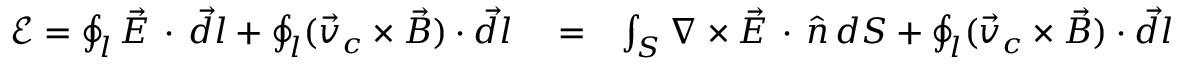
\begin{array} { r l r } { \mathcal E = \oint _ { l } ^ { } { \vec { E } \, \cdot \, \vec { d l } } + \oint _ { l } ( \vec { v } _ { c } \times \vec { B } ) \cdot \vec { d l } } & { { } = } & { \int _ { S } \nabla \times \vec { E } \, \cdot \, \hat { n } \, d S + \oint _ { l } ( \vec { v } _ { c } \times \vec { B } ) \cdot \vec { d l } } \end{array}